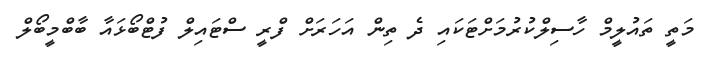
މަތީ ތައުލީމް ހާސިލްކުރުމަށްޓަކައި ދެ ތިން އަހަރަށް ފްރީ ސްޓައިލް ފުޓްބޯޅައާ ބާބްމީބޯލް